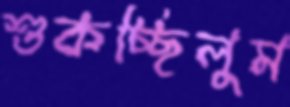
শুকচ্ছিলুম